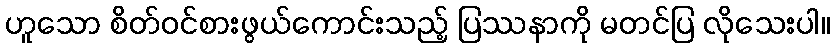
ဟူသော စိတ်ဝင်စားဖွယ်ကောင်းသည့် ပြဿနာကို မတင်ပြ လိုသေးပါ။